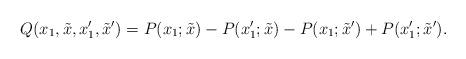
LaTeX: \begin{align*}Q(x_1, \tilde{x}, x_1', \tilde{x}') = P(x_1; \tilde{x}) - P(x_1'; \tilde{x}) - P(x_1; \tilde{x}') + P(x_1'; \tilde{x}').\end{align*}